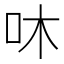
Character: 㕲